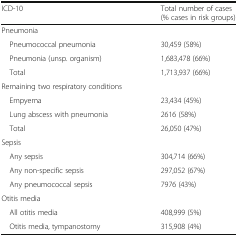
| ICD-10 | Total number of cases (% cases in risk groups) |
 | --- | --- |
 | <COLSPAN=2> Pneumonia |
 | Pneumococcal pneumonia | 30,459 (58%) |
 | Pneumonia (unsp. organism) | 1,683,478 (66%) |
 | Total | 1,713,937 (66%) |
 | <COLSPAN=2> Remaining two respiratory conditions |
 | Empyema | 23,434 (45%) |
 | Lung abscess with pneumonia | 2616 (58%) |
 | Total | 26,050 (47%) |
 | <COLSPAN=2> Sepsis |
 | Any sepsis | 304,714 (66%) |
 | Any non-specific sepsis | 297,052 (67%) |
 | Any pneumococcal sepsis | 7976 (43%) |
 | <COLSPAN=2> Otitis media |
 | All otitis media | 408,999 (5%) |
 | Otitis media, tympanostomy | 315,908 (4%) |